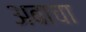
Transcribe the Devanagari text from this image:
अबाचा